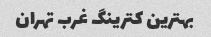
بهترین کترینگ غرب تهران